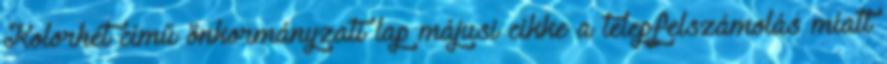
Kolorhét című önkormányzati lap májusi cikke a telepfelszámolás miatt